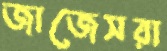
জাজেসরা